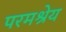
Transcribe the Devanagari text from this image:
परमश्रेय